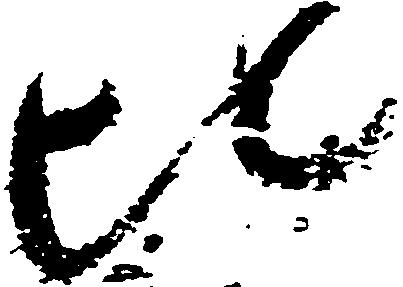
比